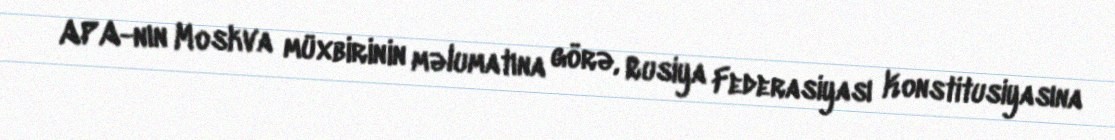
APA-nın Moskva müxbirinin məlumatına görə, Rusiya Federasiyası Konstitusiyasına